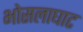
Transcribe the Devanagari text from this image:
भोसलाघाट